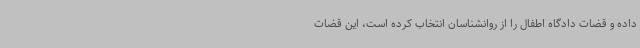
داده و قضات دادگاه اطفال را از روانشناسان انتخاب کرده است، این قضات